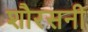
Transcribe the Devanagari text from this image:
शौरसनी